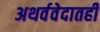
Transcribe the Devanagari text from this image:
अथर्ववेदातही